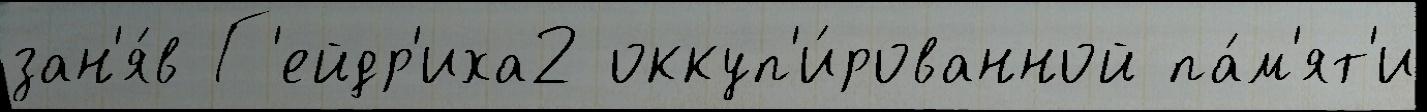
зан'я́в Г'ейдр'иха2 оккуп'и́рованной па́м'ят'и